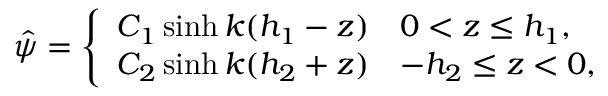
\begin{array} { r } { \hat { \psi } = \left\{ \begin{array} { l l } { C _ { 1 } \sinh { k ( h _ { 1 } - z ) } } & { 0 < z \le h _ { 1 } , } \\ { C _ { 2 } \sinh { k ( h _ { 2 } + z ) } } & { - h _ { 2 } \le z < 0 , } \end{array} \right. } \end{array}